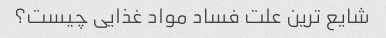
شایع ترین علت فساد مواد غذایی چیست؟